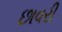
છાવરી